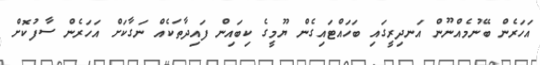
އަހަރެން ބޭނުމެއްނޫން އަނދިރީގައި ބަހައްޓައިގެން ޔޫމީގެ ކިބައިން ފައިދާތަކެއް ނަގާކަށް އަހަރެން ސާފުކޮށް